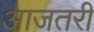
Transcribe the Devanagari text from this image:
आजतरी